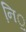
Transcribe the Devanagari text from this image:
नि़़॒